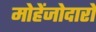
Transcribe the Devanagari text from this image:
मोहेंजोदारो